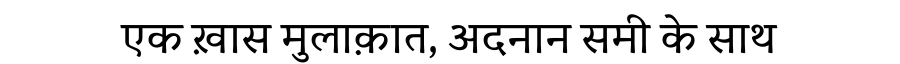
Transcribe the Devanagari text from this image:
एक ख़ास मुलाक़ात, अदनान समी के साथ